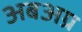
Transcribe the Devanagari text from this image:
अबअग्र